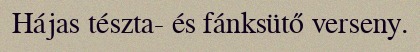
Hájas tészta- és fánksütő verseny.